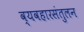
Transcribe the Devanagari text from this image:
व्यवहारसंतुलन